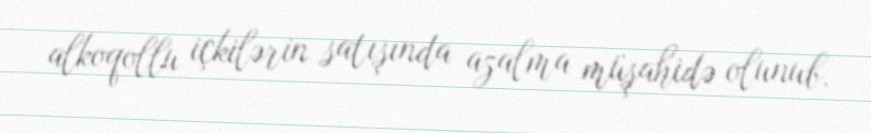
alkoqollu içkilərin satışında azalma müşahidə olunub.